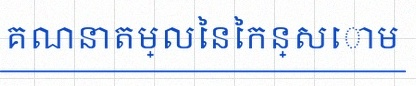
គណនាតម្លៃនៃកន្សោម